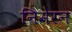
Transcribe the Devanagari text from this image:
निमेरन